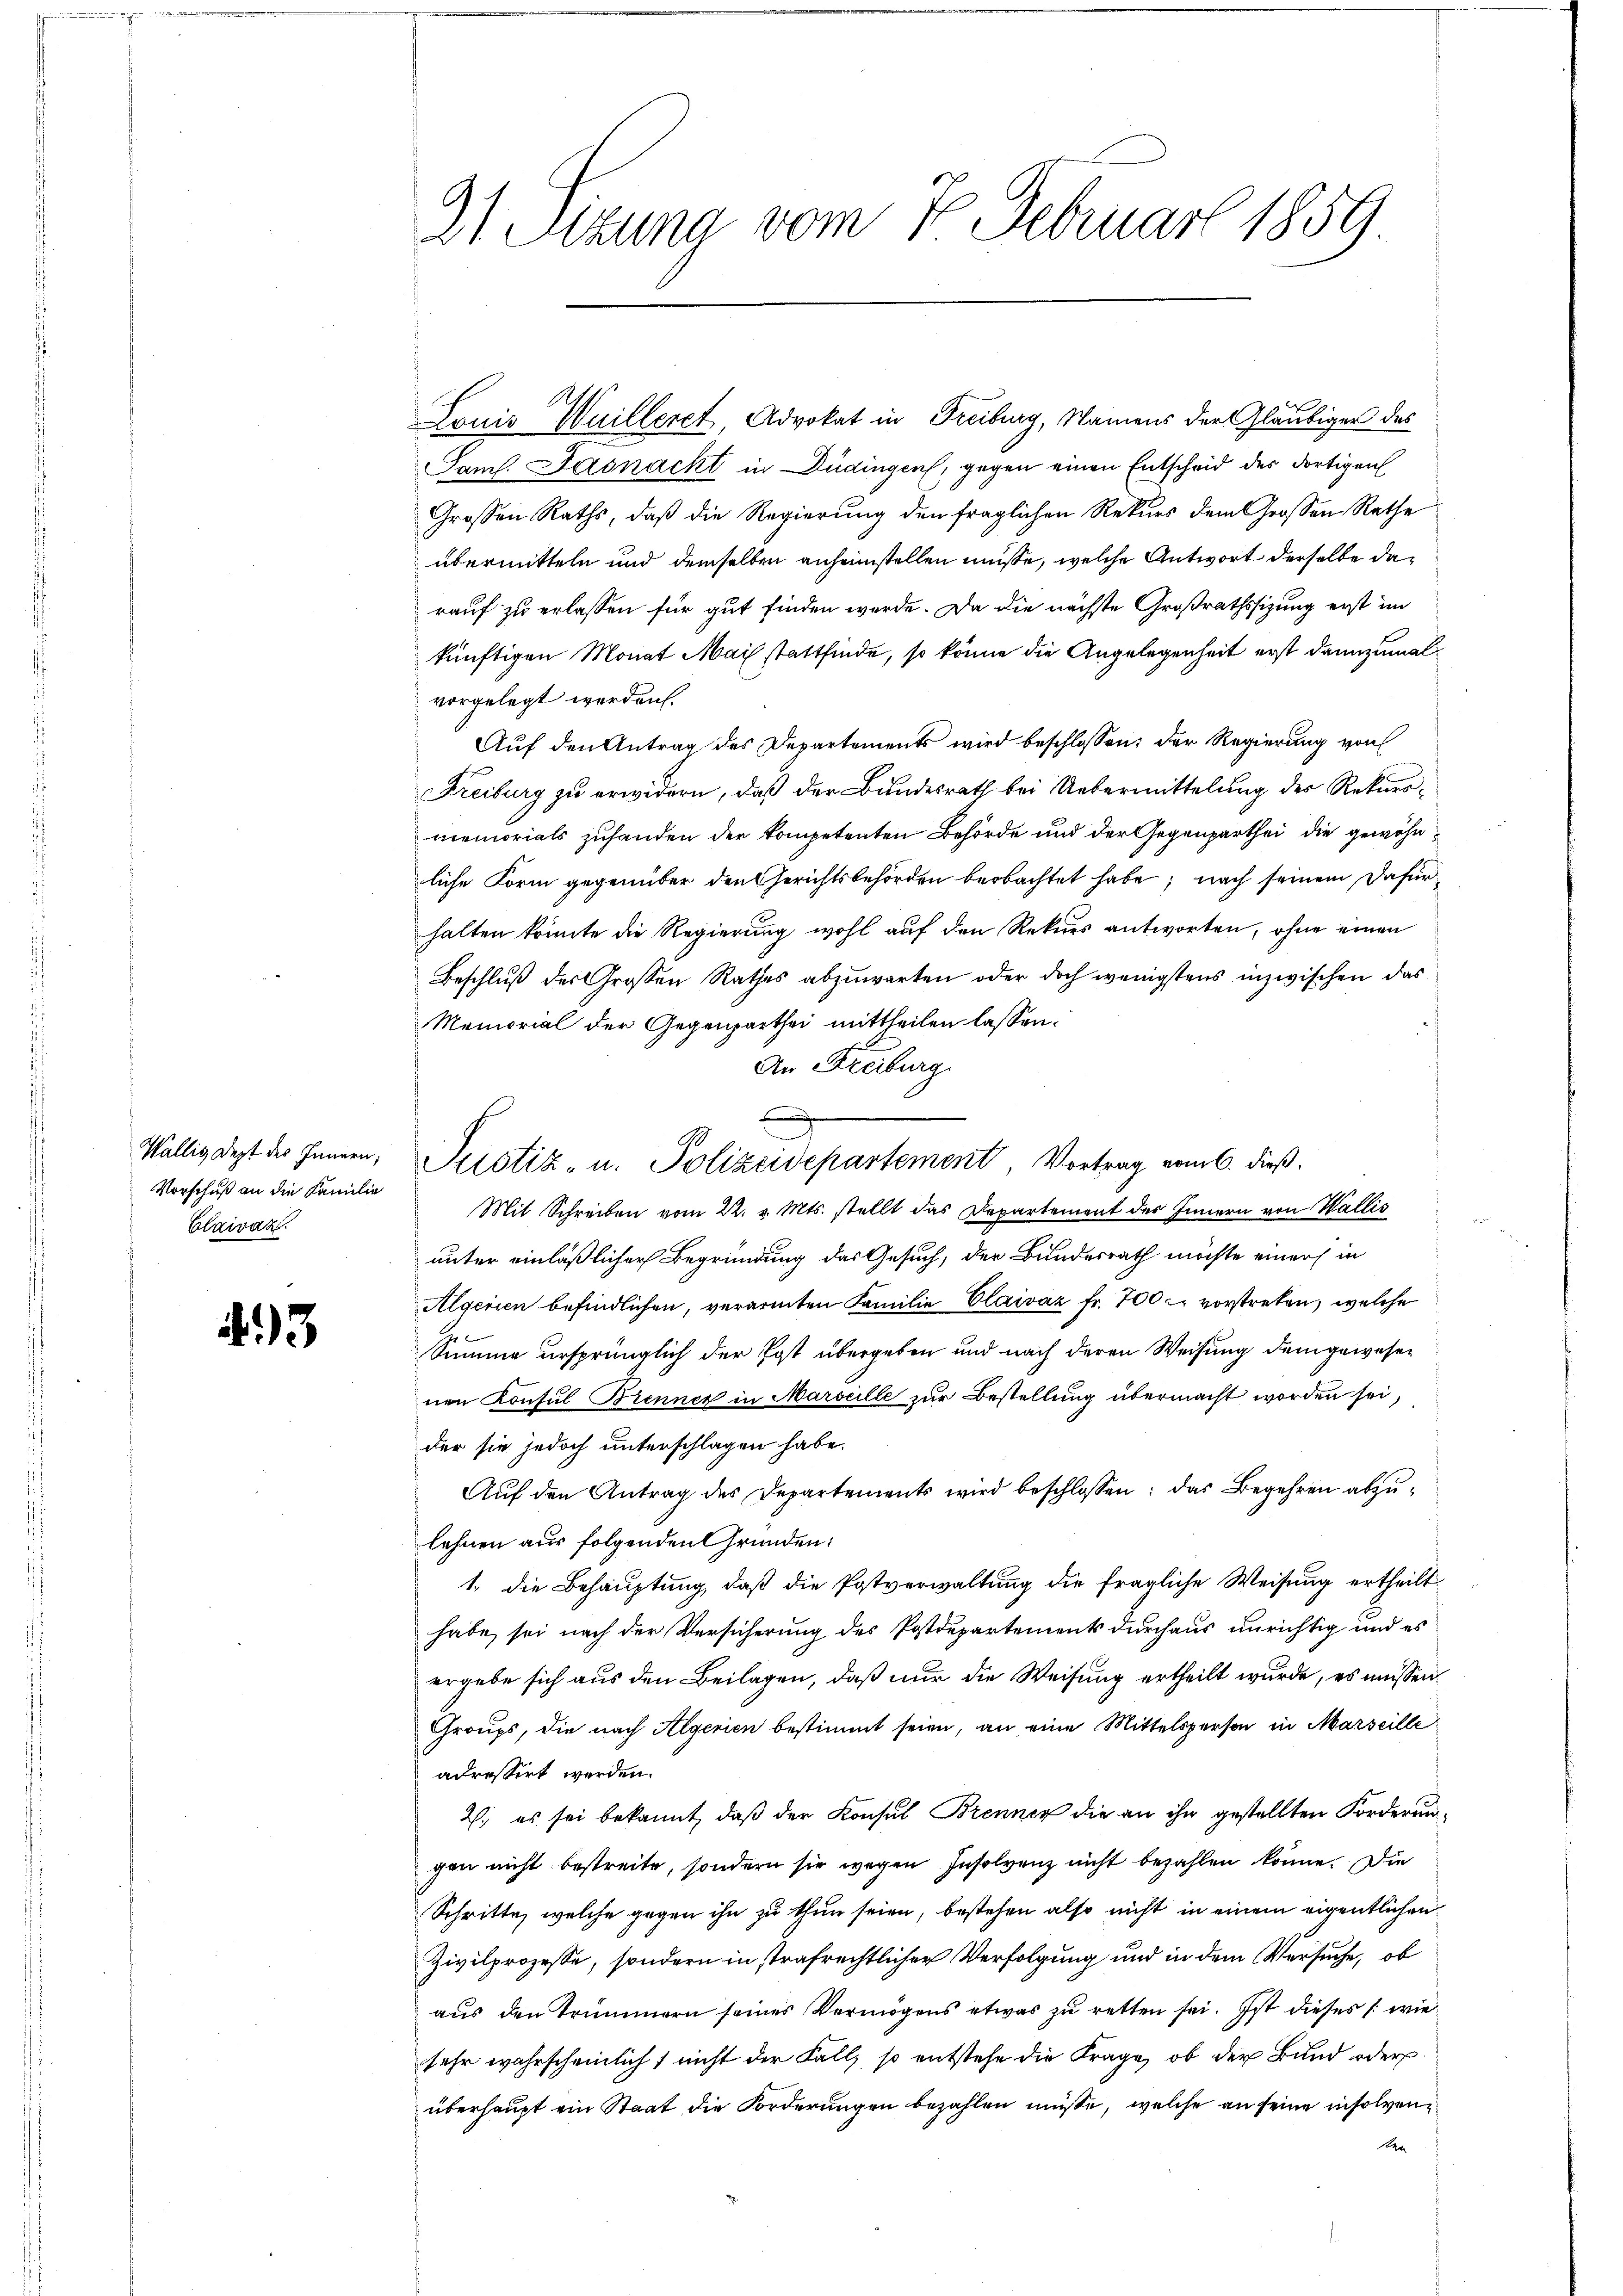
Vorschuß an die Familie
Claivaz.

43

21. Sizung vom 7. Februar 1859

Louis Wuilleret, Advokat in Freiburg, Namens der Gläubiger des
Samh. Jasnacht in Düdingen, gegen einen Entscheid des dortigen
Grossen Raths, daß die Regierung den fraglichen Rekurs dem Grossen Rathe
übermitteln und demselben anheimstellen müsse, welche Antwort derselbe darauf zu erlassen für gut finden werde. Da die nächste Großrathssitzung erst im
künftigen Monat Mai stattfinde, so könne die Angelegenheit erst dannzumal
vorgelegt werden.
Auf den Antrag des Departements wird beschlossen; der Regierung von
Freiburg zu erwidern, daß der Bundesrath bei Uebermittelung des Rekursmemorials zuhanden der kompetenten Behörde und der Gegenparthei die gewöhnliche Form gegenüber den Gerichtsbehörden beobachtet habe; nach seinem Dafür
halten könnte die Regierung wohl auf den Rekurs antworten, ohne einen
Beschluß des Großen Rathes abzuwarten oder doch wenigstens inzwischen das
Memorial der Gegenparthei mittheilen lassen.
An Freiburg
Wällig dest der Jennen, Pustiz- u. Polizeidepartement Vortrag vom 6. dieß.
Mit Schreiben vom 22. v. Mts. stellt das Departement des Innern von Wallis
unter einläßlicher Begründung das Gesuch, der Bundesrath möchte einer in
Algerien befindlichen, verarmten Familie Claiváz fr. 700 vorstreten, welche
Summe ursprünglich der Post übergeben und nach deren Weisung dem gewesen
nen Konsul Brenner in Marseille zur Bestellung übermacht worden sei,
der sie jedoch unterschlagen habe.
Aŭf den Antrag des Departements wird beschlossen: das Begehren abzulehnen aus folgenden Gründen:
1. die Behauptung, daß die Postverwaltung die fragliche Weisung ertheilt
habe, sei nach der Versicherung des Postdepartements durchaus unrichtig und es
ergebe sich aus den Beilagen, daß nur die Weisung ertheilt wurde, es müssen
Groups, die nach Algerien bestimmt seien, an eine Mittelsperson in Marseille
adressirt worden.
2. es sei bekannt, daß der Konsul Brenner die an ihn gestellten Forderungen nicht bestreite, sondern sie wegen Insolvenz nicht bezahlen könne. Die
Schritte, welche gegen ihn zu thun seien, bestehen also nicht in einem eigentlichen
Zivilprozesse, sondern in strafrechtlicher Verfolgung und in dem Versuche, ob
aus den Trümmern seines Vermögens etwas zŭ retten sei. Ist dieses /: wie
sehr wahrscheinlich nicht der Fall, so entstehe die Frage, ob der Bund oder
überhaupt ein Staat die Forderungen bezahlen müsse, welche an seine insolvene